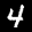
Label: 4